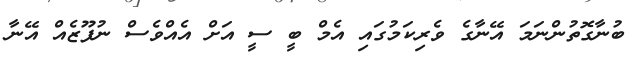
ބުނާގޮތުންނަމަ އޭނާގެ ވެރިކަމުގައި އެމް ބީ ސީ އަށް އެއްވެސް ނުފޫޒެއް އޭނާ